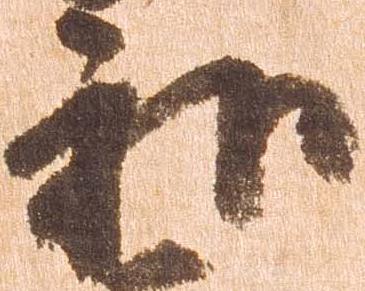
和